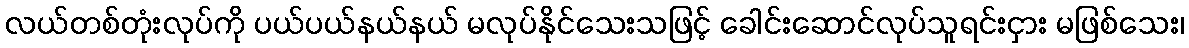
လယ်တစ်တုံးလုပ်ကို ပယ်ပယ်နယ်နယ် မလုပ်နိုင်သေးသဖြင့် ခေါင်းဆောင်လုပ်သူရင်းငှား မဖြစ်သေး၊